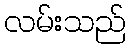
လမ်းသည်